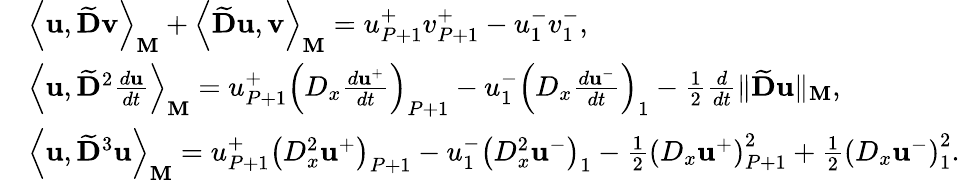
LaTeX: \begin{array}{rl}&{\left\langle\mathbf{u},\widetilde{\mathbf{D}}\mathbf{v}\right\rangle_{\mathbf{M}}+\left\langle\widetilde{\mathbf{D}}\mathbf{u},\mathbf{v}\right\rangle_{\mathbf{M}}={u}_{P+1}^{+}{v}_{P+1}^{+}-{u}_{1}^{-}{v}_{1}^{-},}\\ &{\left\langle\mathbf{u},\widetilde{\mathbf{D}}^{2}\frac{d\mathbf{u}}{dt}\right\rangle_{\mathbf{M}}=u_{P+1}^{+}\left(D_{x}\frac{d\mathbf{u}^{+}}{dt}\right)_{P+1}-u_{1}^{-}\left(D_{x}\frac{d\mathbf{u}^{-}}{dt}\right)_{1}-\frac{1}{2}\frac{d}{dt}\| \widetilde{\mathbf{D}}\mathbf{u}\| _{\mathbf{M}},}\\ &{\left\langle\mathbf{u},\widetilde{\mathbf{D}}^{3}\mathbf{u}\right\rangle_{\mathbf{M}}={u}_{P+1}^{+}\left(D_{x}^{2}\mathbf{u}^{+}\right)_{P+1}-{u}_{1}^{-}\left(D_{x}^{2}\mathbf{u}^{-}\right)_{1}-\frac{1}{2}\left(D_{x}\mathbf{u}^{+}\right)_{P+1}^{2}+\frac{1}{2}\left(D_{x}\mathbf{u}^{-}\right)_{1}^{2}.}\end{array}